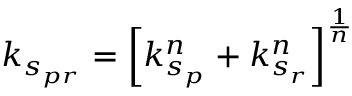
k _ { s _ { p r } } = \left[ k _ { s _ { p } } ^ { n } + k _ { s _ { r } } ^ { n } \right] ^ { \frac { 1 } { n } }